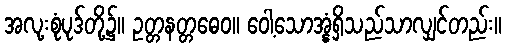
အလု့းစုံပုဒ်တို့၌။ ဥတ္တနတ္တဓေဝ။ ဝေါ့သောအ္နံရှိသည်သာလျှင်တည်း။